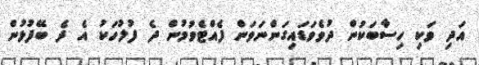
އަދި ވަކި ހިސާބަކުން ދުވެވަޑައިގަންނަވަން ފެއްޓެވުމުން ދެ ފުލުހަކު އެ ދެ ބޭފުޅުން